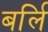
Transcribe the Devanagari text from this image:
बर्लि